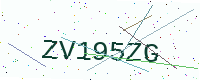
Text: ZV195ZG